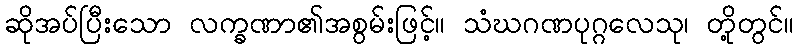
ဆိုအပ်ပြီးသော လက္ခဏာ၏အစွမ်းဖြင့်။ သံဃဂဏပုဂ္ဂလေသု၊ တို့တွင်။